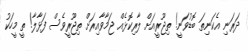
ދަރަނި އެކަނިތަ ބޮޑުވަނީ! ތިޖޫރީއަށް ލާރިކޮޅެއް ޖަމާވާއިރަށް ތިޖޫރީވެސް ފަޅާލާ! ތީ މީހަކު